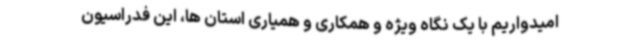
امیدواریم با یک نگاه ویژه و همکاری و همیاری استان ها، این فدراسیون